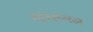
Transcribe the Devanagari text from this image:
स्ट्रासमन